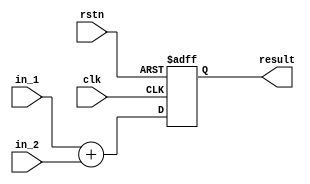
`define DATA_WIDTH 32

module adder(clk, rstn, in_1, in_2, result);
    input clk;
    input rstn;
    input [`DATA_WIDTH - 1 : 0] in_1;
    input [`DATA_WIDTH - 1 : 0] in_2;
    output [`DATA_WIDTH - 1 : 0] result;
    
    reg [`DATA_WIDTH - 1 : 0] result;
    
    always@(posedge clk or negedge rstn) begin
        if(!rstn) begin
            result <= 0;
        end
        else begin
            result <= in_1 + in_2;
        end
    end

endmodule